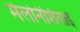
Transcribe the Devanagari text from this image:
मेलोनेशियाई